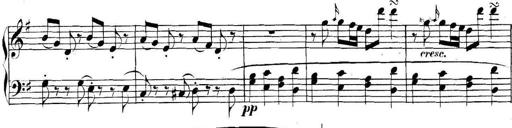
Title: Collected Piano Sonatas
Composer: Muzio Clementi